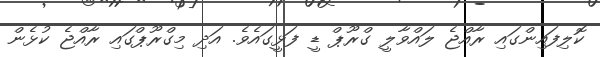
ކޮލިފައިންގައި ރާއްޖެ ލައްވާލީ ގްރޫޕް ޑީ ފަޅީގައެވެ. އަދި މިގްރޫޕްގައި ރާއްޖެ ކުޅެން